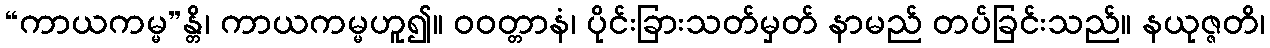
“ကာယကမ္မ”န္တိ၊ ကာယကမ္မဟူ၍။ ဝဝတ္တာနံ၊ ပိုင်းခြားသတ်မှတ် နာမည် တပ်ခြင်းသည်။ နယုဇ္ဇတိ၊